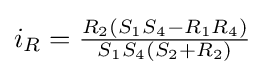
i_{R}={\tfrac {R_{2}(S_{1}S_{4}-R_{1}R_{4})}{S_{1}S_{4}(S_{2}+R_{2})}}